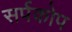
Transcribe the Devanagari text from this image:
सर्पकोप